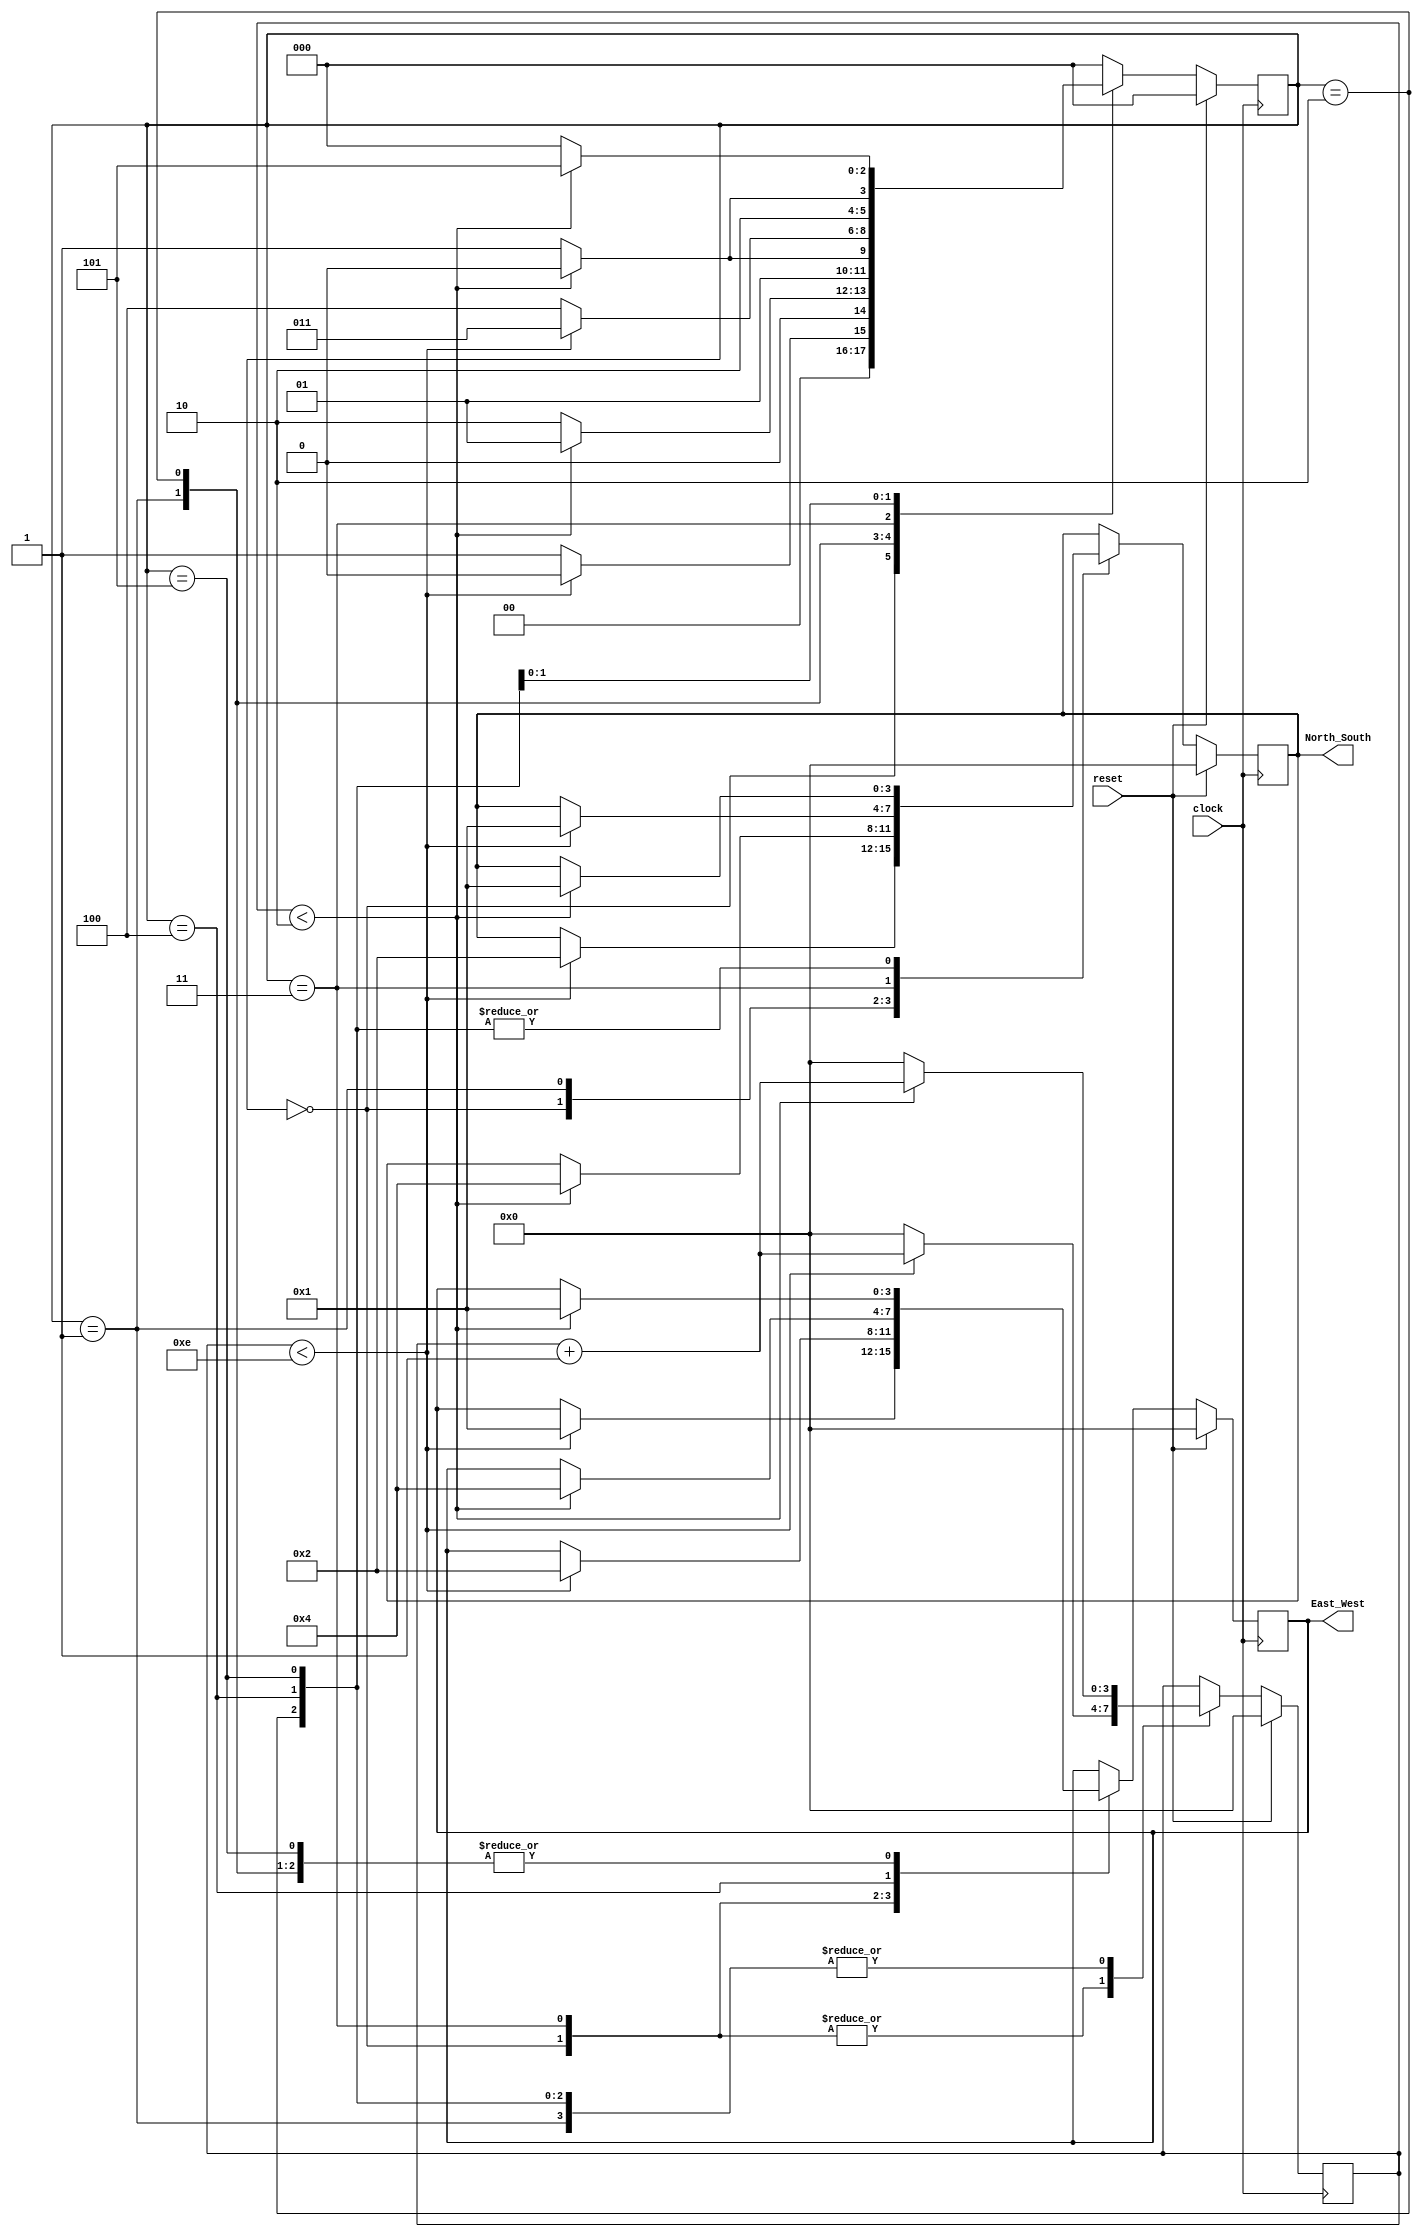
module TLC(
	output reg [3:0]North_South,East_West,
	input reset,clock
);
parameter zero  =3'd0;
parameter one   =3'd1;
parameter two   =3'd2;
parameter three =3'd3;
parameter four  =3'd4;
parameter five  =3'd5;
parameter red   =4'd1;
parameter green =4'd2;
parameter yellow=4'd4;
reg [3:0]count;
reg [2:0]state;

always @(posedge clock) begin
	if(reset) begin
		state<=zero;
		count<=4'd0;
		North_South<=4'd0;
		East_West<=4'd0;
	end
	else begin
		case(state)
			zero:begin
				if(count<4'd14) begin
					state<=zero;
					count<=count+4'd1;
					North_South<=green;
					East_West<=red;
				end
				else begin
					state<=one;
					count<=4'd0;
				end
			end
			one:begin
				if(count<4'd2) begin
					state<=one;
					count<=count+4'd1;	
					North_South<=yellow;
					East_West<=red;
				end
				else begin
					state<=two;
					count<=4'd0;
				end
			end
			two:begin
				if(count<4'd2) begin
					state<=two;
					count<=count+4'd1;
					North_South<=red;
					East_West<=red;
				end
				else begin
					state<=three;
					count<=4'd0;
				end
			end
			three:begin
				if(count<4'd14) begin
					state<=three;
					count<=count+4'd1;
					North_South<=red;
					East_West<=green;
				end
				else begin
					state<=four;
					count<=4'd0;
				end
			end
			four:begin
				if(count<4'd2) begin
					state<=four;
					count<=count+4'd1;
					North_South<=red;
					East_West<=yellow;
				end
				else begin
					state<=five;
					count<=4'd0;
				end
			end
			five:begin
				if(count<4'd2) begin
					state<=five;
					count<=count+4'd1;
					North_South<=red;
					East_West<=red;
				end
				else begin
					state<=zero;
					count<=4'd0;
				end
			end
			default:state<=zero;
		endcase
	end
end
endmodule